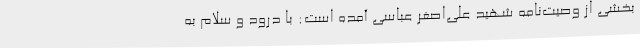
بخشی از وصیت‌نامه‌ شهید علی‌اصغر عباسی آمده است: با درود و سلام به